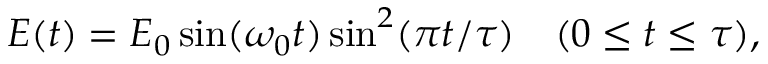
{ \cal E } ( t ) = { \cal E } _ { 0 } \sin ( \omega _ { 0 } t ) \sin ^ { 2 } ( \pi t / \tau ) \quad ( 0 \le t \le \tau ) ,